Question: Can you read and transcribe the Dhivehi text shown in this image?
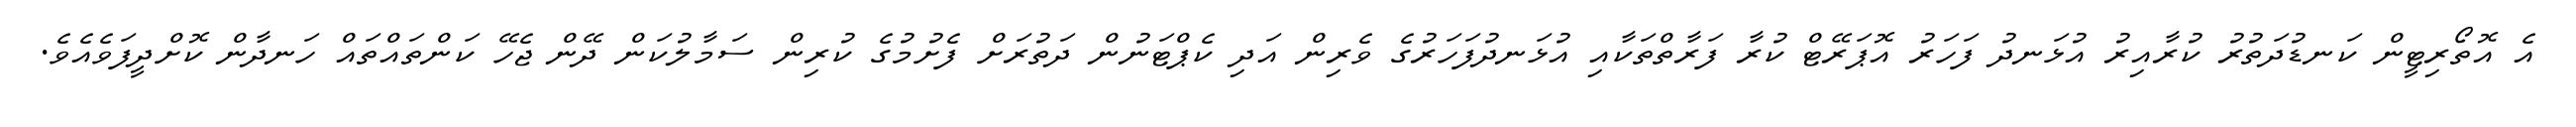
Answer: އެ އޮތޯރިޓީން ކަނޑުދަތުރު ކުރާއިރު އުޅަނދު ފަހަރު އޮޕަރޭޓް ކުރާ ފަރާތްތަކާއި އުޅަނދުފަހަރުގެ ވެރިން އަދި ކެޕްޓަނުން ދަތުރަށް ފެށުމުގެ ކުރިން ސަމާލުކަން ދޭން ޖެހޭ ކަންތައްތައް ހަނދާން ކޮށްދީފަވެއެވެ.